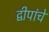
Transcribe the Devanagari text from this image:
द्वीपांचे